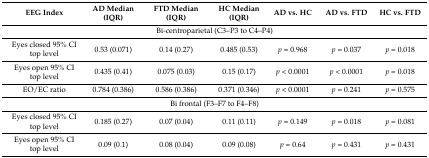
<table><thead><tr><td><b>EEG Index</b></td><td><b>AD Median (IQR)</b></td><td><b>FTD Median (IQR)</b></td><td><b>HC Median (IQR)</b></td><td><b>AD vs. HC</b></td><td><b>AD vs. FTD</b></td><td><b>HC vs. FTD</b></td></tr></thead><tbody><tr><td colspan="7">Bi-centroparietal (C3–P3 to C4–P4)</td></tr><tr><td>Eyes closed 95% CI top level</td><td>0.53 (0.071)</td><td>0.14 (0.27)</td><td>0.485 (0.53)</td><td><i>p</i> = 0.968</td><td><i>p</i> = 0.037</td><td><i>p</i> = 0.018</td></tr><tr><td>Eyes open 95% CI top level</td><td>0.435 (0.41)</td><td>0.075 (0.03)</td><td>0.15 (0.17)</td><td><i>p</i> &lt; 0.0001</td><td><i>p</i> &lt; 0.0001</td><td><i>p</i> = 0.018</td></tr><tr><td>EO/EC ratio</td><td>0.784 (0.386)</td><td>0.586 (0.386)</td><td>0.371 (0.346)</td><td><i>p</i> &lt; 0.0001</td><td><i>p</i> = 0.241</td><td><i>p</i> = 0.575</td></tr><tr><td colspan="7">Bi frontal (F3–F7 to F4–F8)</td></tr><tr><td>Eyes closed 95% CI top level</td><td>0.185 (0.27)</td><td>0.07 (0.04)</td><td>0.11 (0.11)</td><td><i>p</i> = 0.149</td><td><i>p</i> = 0.018</td><td><i>p</i> = 0.081</td></tr><tr><td>Eyes open 95% CI top level</td><td>0.09 (0.1)</td><td>0.08 (0.04)</td><td>0.09 (0.08)</td><td><i>p</i> = 0.64</td><td><i>p</i> = 0.431</td><td><i>p</i> = 0.431</td></tr></tbody></table>